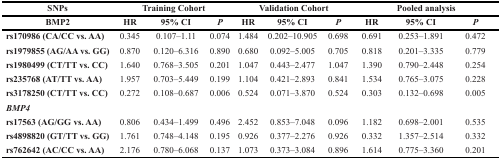
<table><thead><tr><td><b>SNPs</b></td><td colspan="3"><b>Training Cohort</b></td><td colspan="3"><b>Validation Cohort</b></td><td colspan="3"><b>Pooled analysis</b></td></tr><tr><td><b>BMP2</b></td><td><b>HR</b></td><td><b>95% CI</b></td><td><b><i>P</i></b></td><td><b>HR</b></td><td><b>95% CI</b></td><td><b><i>P</i></b></td><td><b>HR</b></td><td><b>95% CI</b></td><td><b><i>P</i></b></td></tr></thead><tbody><tr><td><b>rs170986 (CA/CC vs. AA)</b></td><td>0.345</td><td>0.107–1.11</td><td>0.074</td><td>1.484</td><td>0.202–10.905</td><td>0.698</td><td>0.691</td><td>0.253–1.891</td><td>0.472</td></tr><tr><td><b>rs1979855 (AG/AA vs. GG)</b></td><td>0.870</td><td>0.120–6.316</td><td>0.890</td><td>0.680</td><td>0.092–5.005</td><td>0.705</td><td>0.818</td><td>0.201–3.335</td><td>0.779</td></tr><tr><td><b>rs1980499 (CT/TT vs. CC)</b></td><td>1.640</td><td>0.768–3.505</td><td>0.201</td><td>1.047</td><td>0.443–2.477</td><td>1.047</td><td>1.390</td><td>0.790–2.448</td><td>0.254</td></tr><tr><td><b>rs235768 (AT/TT vs. AA)</b></td><td>1.957</td><td>0.703–5.449</td><td>0.199</td><td>1.104</td><td>0.421–2.893</td><td>0.841</td><td>1.534</td><td>0.765–3.075</td><td>0.228</td></tr><tr><td><b>rs3178250 (CT/TT vs. CC)</b></td><td>0.272</td><td>0.108–0.687</td><td>0.006</td><td>0.524</td><td>0.071–3.870</td><td>0.524</td><td>0.303</td><td>0.132–0.698</td><td>0.005</td></tr><tr><td><b><i>BMP4</i></b></td><td></td><td></td><td></td><td></td><td></td><td></td><td></td><td></td><td></td></tr><tr><td><b>rs17563 (AG/GG vs. AA)</b></td><td>0.806</td><td>0.434–1.499</td><td>0.496</td><td>2.452</td><td>0.853–7.048</td><td>0.096</td><td>1.182</td><td>0.698–2.001</td><td>0.535</td></tr><tr><td><b>rs4898820 (GT/TT vs. GG)</b></td><td>1.761</td><td>0.748–4.148</td><td>0.195</td><td>0.926</td><td>0.377–2.276</td><td>0.926</td><td>0.332</td><td>1.357–2.514</td><td>0.332</td></tr><tr><td><b>rs762642 (AC/CC vs. AA)</b></td><td>2.176</td><td>0.780–6.068</td><td>0.137</td><td>1.073</td><td>0.373–3.084</td><td>0.896</td><td>1.614</td><td>0.775–3.360</td><td>0.201</td></tr></tbody></table>